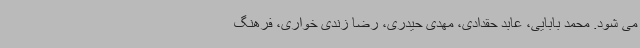
می شود. محمد بابایی، عابد حقدادی، مهدی حیدری، رضا زندی خواری، فرهنگ